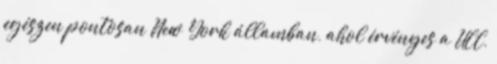
egészen pontosan New York államban, ahol érvényes a UCC,